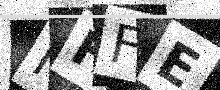
Text: MHFE